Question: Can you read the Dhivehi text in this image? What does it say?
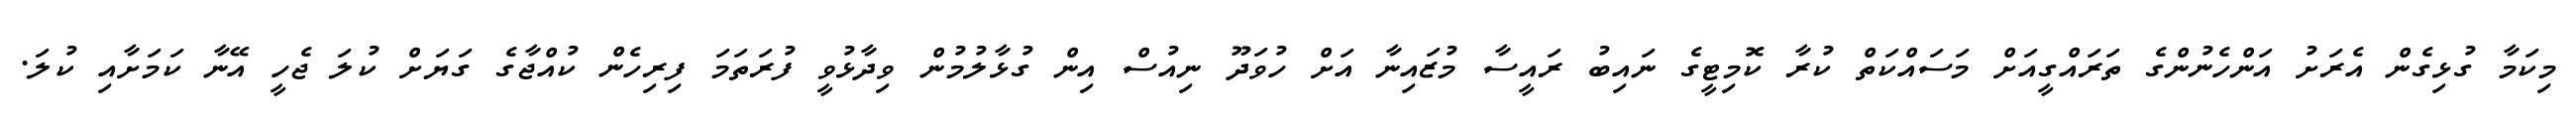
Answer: މިކަމާ ގުޅިގެން އެރަށު އަންހެނުންގެ ތަރައްގީއަށް މަސައްކަތް ކުރާ ކޮމިޓީގެ ނައިބު ރައީސާ މުޒައިނާ އަށް ހުވަދޫ ނިއުސް އިން ގުޅާލުމުން ވިދާޅުވީ ފުރަތަމަ ފިރިހެން ކުއްޖާގެ ގަޔަށް ކުލަ ޖެހީ އޭނާ ކަމަށާއި ކުލަ.